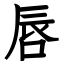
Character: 唇